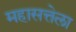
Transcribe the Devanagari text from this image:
महासत्तेला